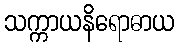
သက္ကာယနိရောဓာယ